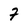
Character: 7